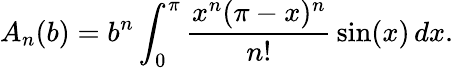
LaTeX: A_{n}(b)=b^{n}\int_{0}^{\pi}{\frac{x^{n}(\pi-x)^{n}}{n!}}\sin(x)\, dx.